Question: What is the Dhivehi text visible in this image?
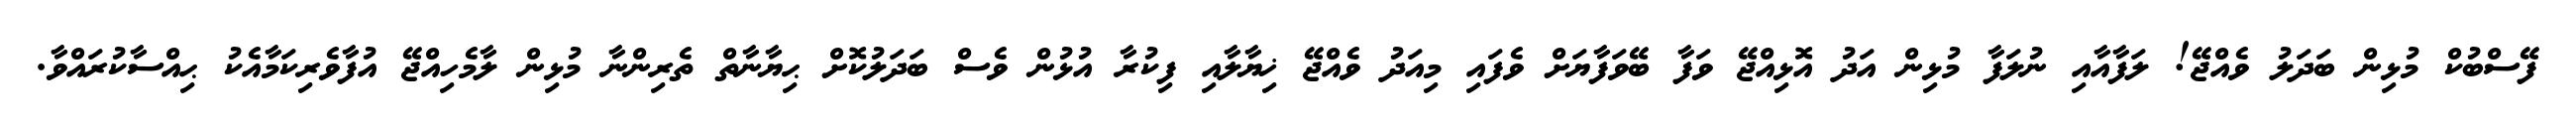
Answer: ފޭސްބުކް މުޅިން ބަދަލު ވެއްޖޭ! ލަފާއާއި ނުލަފާ މުޅިން އަދު އޮޅިއްޖޭ ވަފާ ބޭވަފާޔަށް ވެފައި މިއަދު ވެއްޖޭ ޚިޔާލާއި ފިކުރާ އުޅުން ވެސް ބަދަލުކޮށް ޙިޔާނާތް ތެރިންނާ މުޅިން ލާމެހިއްޖޭ އުފާވެރިކަމާއެކު ޙިއްސާކުރައްވާ.